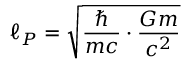
\ell _ { P } = { \sqrt { { \frac { \hbar } { m c } } \cdot { \frac { G m } { c ^ { 2 } } } } }